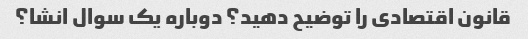
قانون اقتصادی را توضیح دهید؟ دوباره یک سوال انشا؟